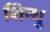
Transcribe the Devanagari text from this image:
शिन्धु